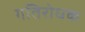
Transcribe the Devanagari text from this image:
गतिरोधक